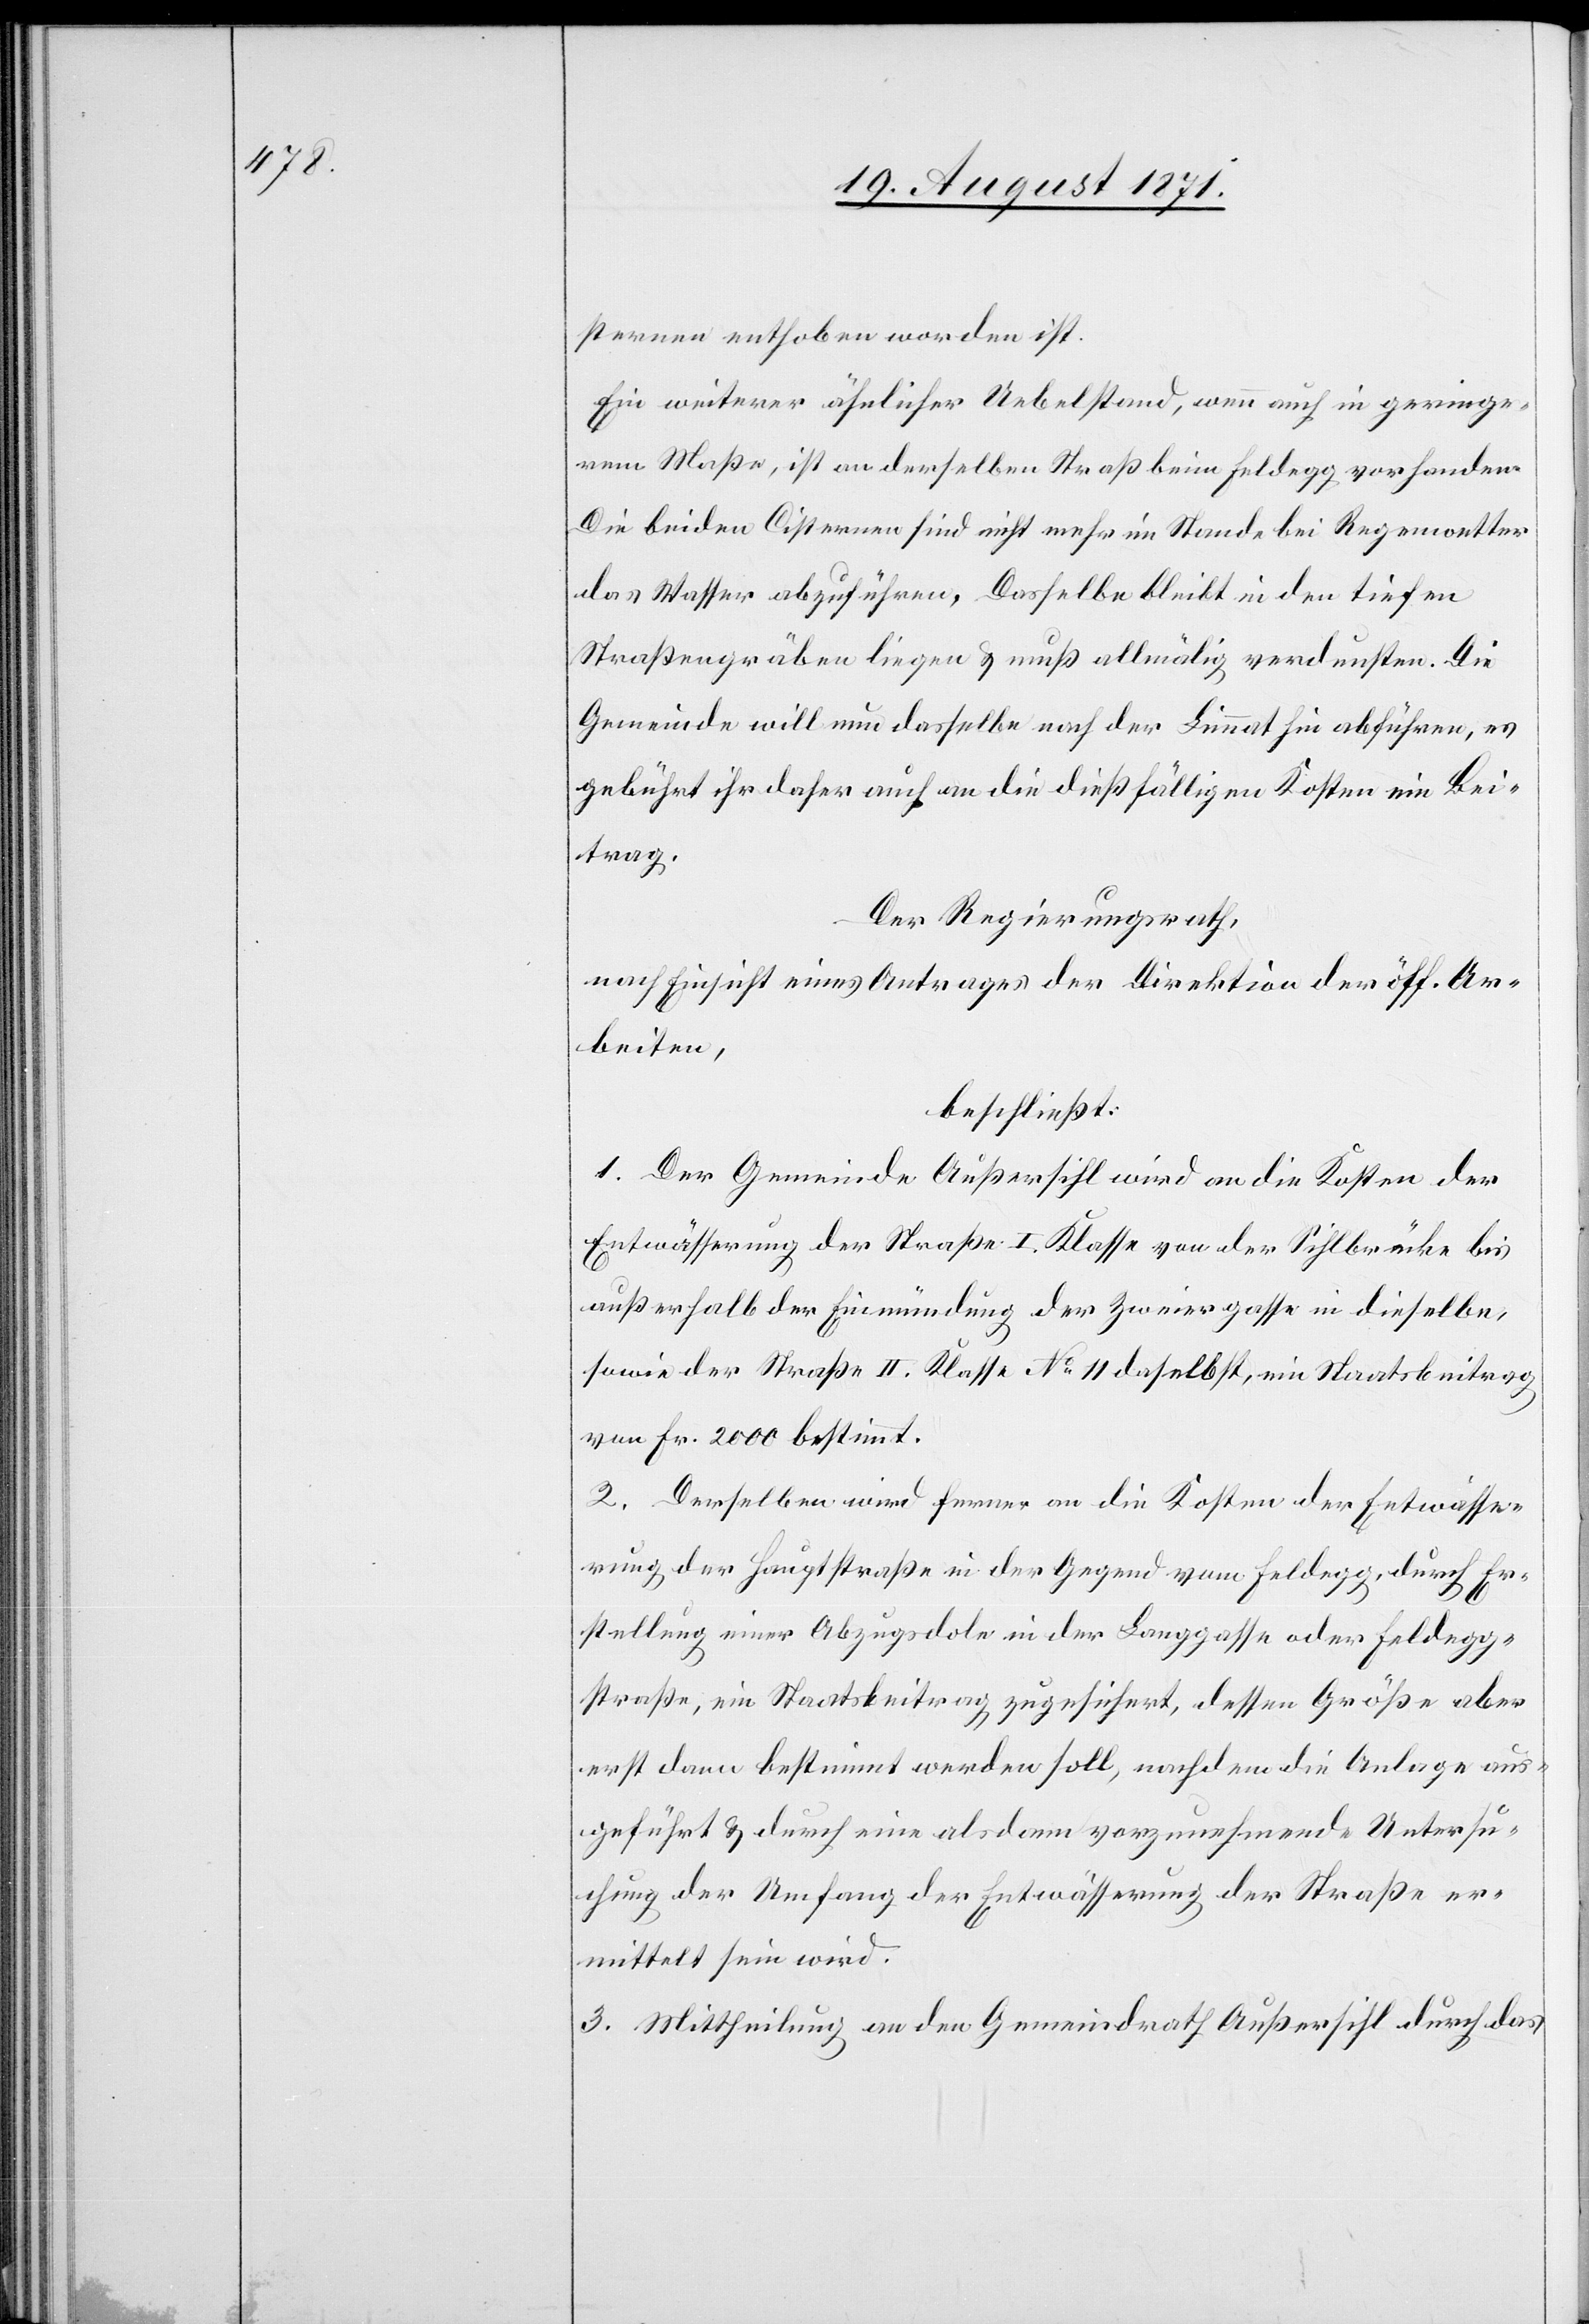
sternen enthoben worden ist.
Ein weiterer ähnlicher Uebelstand, wenn auch in geringe¬
rem Maße, ist an derselben Straße beim Feldegg vorhanden.
Die beiden Cisternen sind nicht mehr im Stande bei Regenwetter
das Wasser abzuführen. Dasselbe bleibt in den tiefen
Straßengräben liegen & muß allmählich verdunsten. Die
Gemeinde will nun dasselbe nach der Limmat hin abführen, es
gebührt ihr daher auch an die dießfälligen Kosten ein Bei¬
trag.
Der Regierungsrath,
nach Einsicht eines Antrages der Direktion der öff. Ar¬
beiten,
beschließt:
1. Der Gemeinde Außersihl wird an die Kosten der
Entwässerung der Straße I. Klasse von der Sihlbrücke bis
außerhalb der Einmündung der Zweiergasse in dieselbe,
sowie der Straße II. Klasse No 11 daselbst, ein Staatsbeitrag
von Fr. 2000 bestimmt.
2. Derselben wird ferner an die Kosten der Entwässe¬
rung der Hauptstraße in der Gegend vom Feldegg, durch Er¬
stellung einer Abzugsdole in der Langgasse oder Feldegg¬
straße, ein Staatsbeitrag zugesichert, dessen Größe aber
erst dann bestimmt werden soll, nachdem die Anlage aus¬
geführt & durch eine alsdann vorzunehmende Untersu¬
chung der Umfang der Entwässerung der Straße er¬
mittelt sein wird.
3. Mittheilung an den Gemeindrath Außersihl durch das